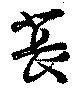
萇